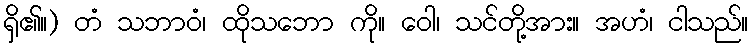
ရှိ၏။) တံ သဘာဝံ၊ ထိုသဘော ကို။ ဝေါ၊ သင်တို့အား။ အဟံ၊ ငါသည်။